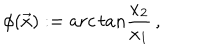
LaTeX: \phi ( \vec { x } ) : = a r c \, t a n { \frac { x _ { 2 } } { x _ { 1 } } } \, ,